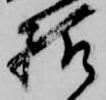
様